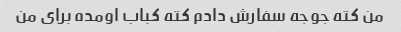
من کته جوجه سفارش دادم کته کباب اومده برای من